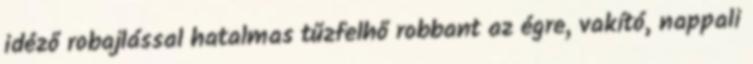
idéző robajlással hatalmas tűzfelhő robbant az égre, vakító, nappali